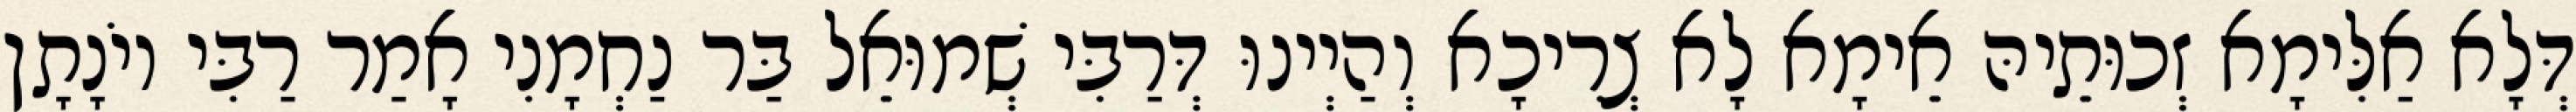
דְּלָא אַלִּימָא זְכוּתֵיהּ אֵימָא לָא צְרִיכָא וְהַיְינוּ דְּרַבִּי שְׁמוּאֵל בַּר נַחְמָנִי אָמַר רַבִּי יוֹנָתָן